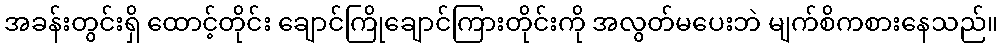
အခန်းတွင်းရှိ ထောင့်တိုင်း ချောင်ကြိုချောင်ကြားတိုင်းကို အလွတ်မပေးဘဲ မျက်စိကစားနေသည်။